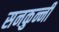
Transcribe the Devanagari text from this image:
सनकुन्नी